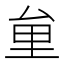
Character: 𠫶